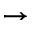
\rightarrow